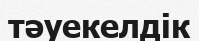
тәуекелдік